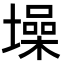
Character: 𪤢